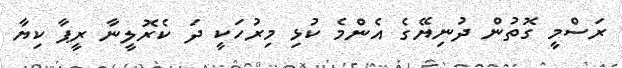
ރަސްމީ ގޮތުން ދުނިޔޭގެ އެންމެ ކުޅި މިރުހަކީ ދަ ކެރޮލީނާ ރީޕާ ކިޔާ